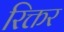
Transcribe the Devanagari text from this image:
रिक्तर